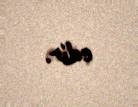
edir.